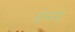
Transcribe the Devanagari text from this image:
ओलेनी